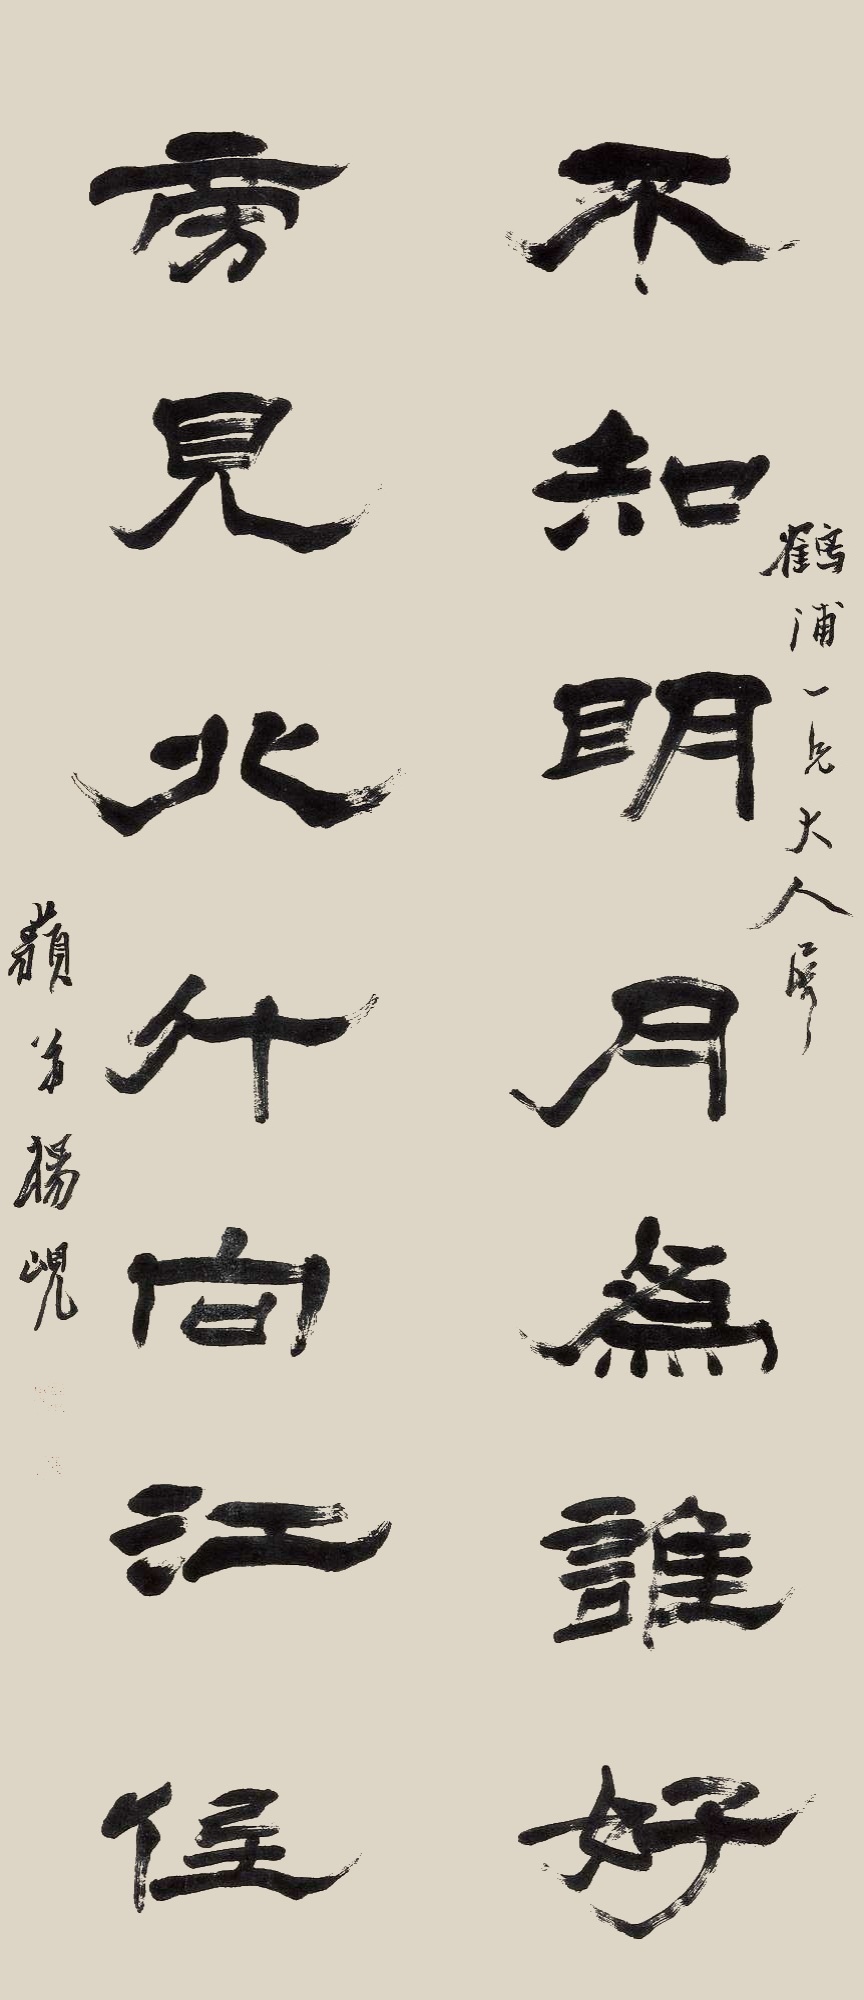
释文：不知明月为谁好，旁见北行向江侯。鹤浦一兄大人属，岭弟杨岘。